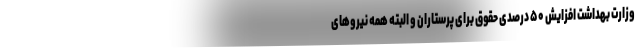
وزارت بهداشت افزایش ۵۰ درصدی حقوق برای پرستاران و البته همه نیروهای